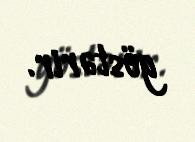
göstərir.